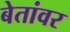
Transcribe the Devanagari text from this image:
बेतांवर